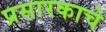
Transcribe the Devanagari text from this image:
प्रसारकाचे